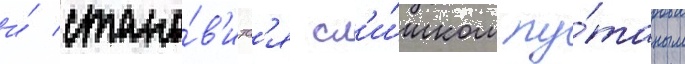
и́ стано́в'итс'я сл'и́шком пу́таным